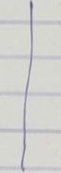
|